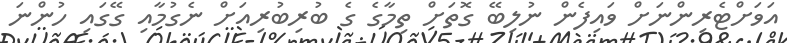
އަވަށްޓެރިންނަށް ވައިފެން ނުލިބޭ ގޮތަށް ތިމާގެ ގެ ބުރިބުރިއަށް ނެގުމާއި ގޭގައި ހުންނަ